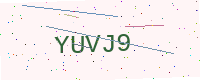
Text: YUVJ9